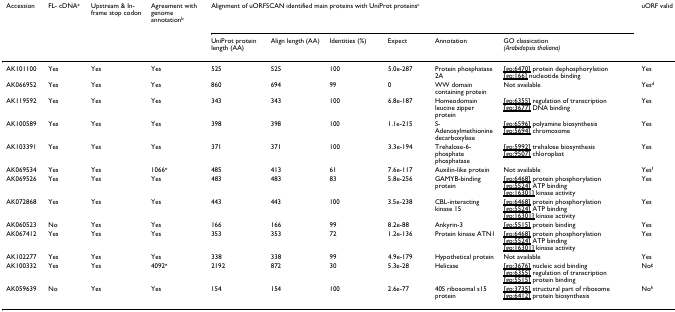
<table><thead><tr><td><b>Accession</b></td><td><b>FL- cDNA<sup>a</sup></b></td><td><b>Upstream &amp; In-frame stop codon</b></td><td><b>Agreement with genome annotation<sup>b</sup></b></td><td colspan="6"><b>Alignment of uORFSCAN identified main proteins with UniProt proteins<sup>c</sup></b></td><td><b>uORF valid</b></td></tr><tr><td></td><td></td><td></td><td></td><td><b>UniProt protein length (AA)</b></td><td><b>Align length (AA)</b></td><td><b>Identities (%)</b></td><td><b>Expect</b></td><td><b>Annotation</b></td><td><b>GO classication <i>(Arabidopsis thaliana)</i></b></td><td></td></tr></thead><tbody><tr><td>AK101100</td><td>Yes</td><td>Yes</td><td>Yes</td><td>525</td><td>525</td><td>100</td><td>5.0e-287</td><td>Protein phosphatase 2A</td><td><underline>[go:6470]</underline> protein dephosphorylation<underline>[go:166]</underline> nucleotide binding</td><td>Yes</td></tr><tr><td>AK066952</td><td>Yes</td><td>Yes</td><td>Yes</td><td>860</td><td>694</td><td>99</td><td>0</td><td>WW domain containing protein</td><td>Not available</td><td>Yes<sup>d</sup></td></tr><tr><td>AK119592</td><td>Yes</td><td>Yes</td><td>Yes</td><td>343</td><td>343</td><td>100</td><td>6.8e-187</td><td>Homeodomain leucine zipper protein</td><td><underline>[go:6355]</underline> regulation of transcription<underline>[go:3677]</underline> DNA binding</td><td>Yes</td></tr><tr><td>AK100589</td><td>Yes</td><td>Yes</td><td>Yes</td><td>398</td><td>398</td><td>100</td><td>1.1e-215</td><td>S-Adenosylmethionine decarboxylase</td><td><underline>[go:6596]</underline> polyamine biosynthesis<underline>[go:5694]</underline> chromosome</td><td>Yes</td></tr><tr><td>AK103391</td><td>Yes</td><td>Yes</td><td>Yes</td><td>371</td><td>371</td><td>100</td><td>3.3e-194</td><td>Trehalose-6-phosphate phosphatase</td><td><underline>[go:5992]</underline> trehalose biosynthesis<underline>[go:9507]</underline> chloroplast</td><td>Yes</td></tr><tr><td>AK069534</td><td>Yes</td><td>Yes</td><td>1066<sup>e</sup></td><td>485</td><td>413</td><td>61</td><td>7.6e-117</td><td>Auxilin-like protein</td><td>Not available</td><td>Yes<sup>f</sup></td></tr><tr><td>AK069526</td><td>Yes</td><td>Yes</td><td>Yes</td><td>483</td><td>483</td><td>83</td><td>5.8e-256</td><td>GAMYB-binding protein</td><td><underline>[go:6468]</underline> protein phosphorylation<underline>[go:5524]</underline> ATP binding<underline>[go:16301]</underline> kinase activity</td><td>Yes</td></tr><tr><td>AK072868</td><td>Yes</td><td>Yes</td><td>Yes</td><td>443</td><td>443</td><td>100</td><td>3.5e-238</td><td>CBL-interacting kinase 15</td><td><underline>[go:6468]</underline> protein phosphorylation<underline>[go:5524]</underline> ATP binding<underline>[go:16301]</underline> kinase activity</td><td>Yes</td></tr><tr><td>AK060523</td><td>No</td><td>Yes</td><td>Yes</td><td>166</td><td>166</td><td>99</td><td>8.2e-88</td><td>Ankyrin-3</td><td><underline>[go:5515]</underline> protein binding</td><td>Yes</td></tr><tr><td>AK067412</td><td>Yes</td><td>Yes</td><td>Yes</td><td>353</td><td>353</td><td>72</td><td>1.2e-136</td><td>Protein kinase ATN1</td><td><underline>[go:6468]</underline> protein phosphorylation<underline>[go:5524]</underline> ATP binding<underline>[go:16301]</underline> kinase activity</td><td>Yes</td></tr><tr><td>AK102277</td><td>Yes</td><td>Yes</td><td>Yes</td><td>338</td><td>338</td><td>99</td><td>4.9e-179</td><td>Hypothetical protein</td><td>Not available</td><td>Yes</td></tr><tr><td>AK100332</td><td>Yes</td><td>Yes</td><td>4092<sup>e</sup></td><td>2192</td><td>872</td><td>30</td><td>5.3e-28</td><td>Helicase</td><td><underline>[go:3676]</underline> nucleic acid binding<underline>[go:6355]</underline> regulation of transcription<underline>[go:5515]</underline> protein binding</td><td>No<sup>g</sup></td></tr><tr><td>AK059639</td><td>No</td><td>Yes</td><td>Yes</td><td>154</td><td>154</td><td>100</td><td>2.6e-77</td><td>40S ribosomal s15 protein</td><td><underline>[go:3735]</underline> structural part of ribosome<underline>[go:6412]</underline> protein biosynthesis</td><td>No<sup>h</sup></td></tr></tbody></table>